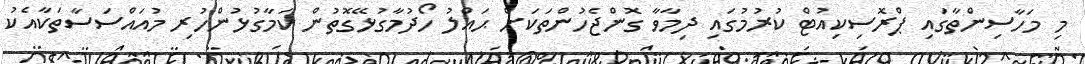
މި މަހާސިންތާގައި ޕްރޮސިކިއުޓް ކުރުމުގައި ދިމާވާ ގޮންޖެހުންތަކަށް ޙައްލު ހޯދުމާގުޅޭގޮތުން ކަމާގުޅުންހުރި މުއައްސަސާތަކާއެކު